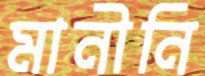
মানীনি